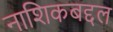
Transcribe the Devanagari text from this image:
नाशिकबद्दल